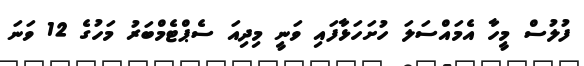
ފުލުސް މީހާ އެމައްސަލަ ހުށަހަޅާފައި ވަނީ މިދިއަ ސެޕްޓެމްބަރު މަހުގެ 12 ވަނަ